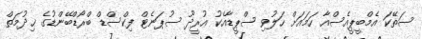
ސަތޭކަ އެމްބީޕީއެސްއާ ހަމައަށް ހަލުވި ސްޕީޑާއެކު އުރީދޫ ސުޕަނެޓް ފިކްސްޑް ބްރޯޑްބޭންޑުގެ ޚިދުމަތް